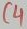
Text: C4